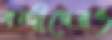
বন্দীদেরও